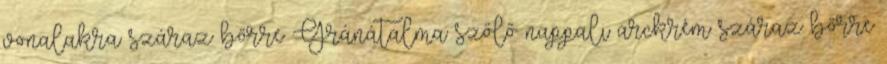
vonalakra száraz bőrre Gránátalma szőlő nappali arckrém száraz bőrre